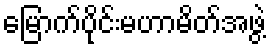
မြောက်ပိုင်းမဟာမိတ်အဖွဲ့